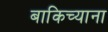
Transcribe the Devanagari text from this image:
बाकिच्याना